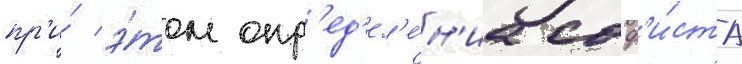
пр'и́ э́том опр'ед'ел'е́н'иа соф'и́ста